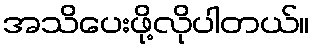
အသိပေးဖို့လိုပါတယ်။